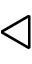
\triangleleft